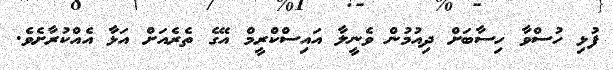
ފުޅި ހުސްވާ ހިސާބަށް ދިއުމުން ވެނީލާ އައިސްކްރީމް އޭގެ ތެރެއަށް އަޅާ އެއްކުރާށެވެ.